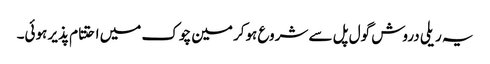
یہ ریلی دروش گول پل سے شروع ہوکر مین چوک میں احتتام پذیر ہوئی۔